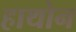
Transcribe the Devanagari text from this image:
हाथोन